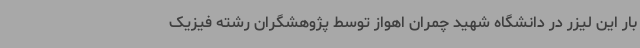
بار این لیزر در دانشگاه شهید چمران اهواز توسط پژوهشگران رشته فیزیک